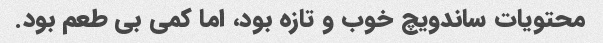
محتویات ساندویچ خوب و تازه بود، اما کمی بی طعم بود.